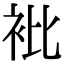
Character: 𧘱